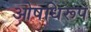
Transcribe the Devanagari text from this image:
ओषधिरूप